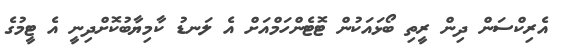
އެރިކްސަން ދިން ރީތި ބޯޅައަކުން ޓޮޓެންހަމްއަށް އެ ލަނޑު ކާމިޔާބުކޮށްދިނީ އެ ޓީމުގެ